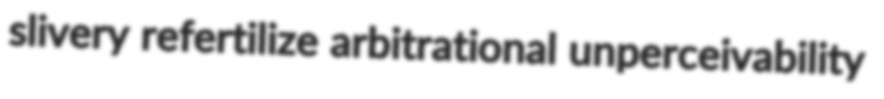
slivery refertilize arbitrational unperceivability